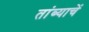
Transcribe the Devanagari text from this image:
तांब्याचें